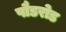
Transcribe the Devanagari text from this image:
पौडरोड